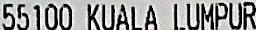
55100 KUALA LUMPUR